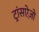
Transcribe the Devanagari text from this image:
ट्रांसऐज़ो